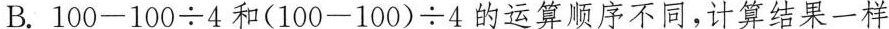
B.$$1 0 0 - 1 0 0 \div 4 $$和$$( 1 0 0 - 1 0 0 ) \div 4$$的运算顺序不同，计算结果一样